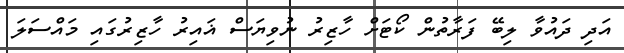
އަދި ދައުވާ ލިބޭ ފަރާތުން ކޯޓަށް ހާޒިރު ނުވިޔަސް ޣައިރު ހާޒިރުގައި މައްސަލަ